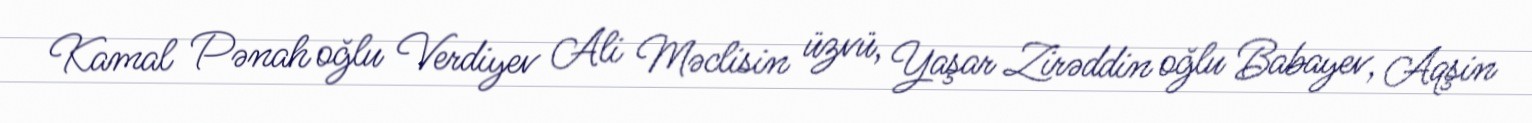
Kamal Pənah oğlu Verdiyev Ali Məclisin üzvü, Yaşar Zirəddin oğlu Babayev, Aqşin